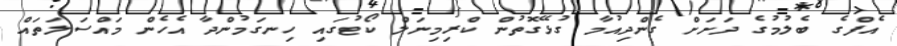
އެފްގެ ބެލުމުގެ ދަށަށް ގެންދިއުމާ ގުޅޭގޮތުން ކްރިމިނަލް ކޯޓުގައި ހިނގަމުންދާ އެހެން މައްސަލަތައް